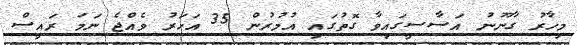
މިހާރު ގާނޫނު އަސާސީގައިވާ ގޮތުގައި އުމުރުން 35 އަހަރު ވެއްޖެ ނަމަ ރައީސް